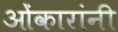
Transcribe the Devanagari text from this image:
ओंकारांनी